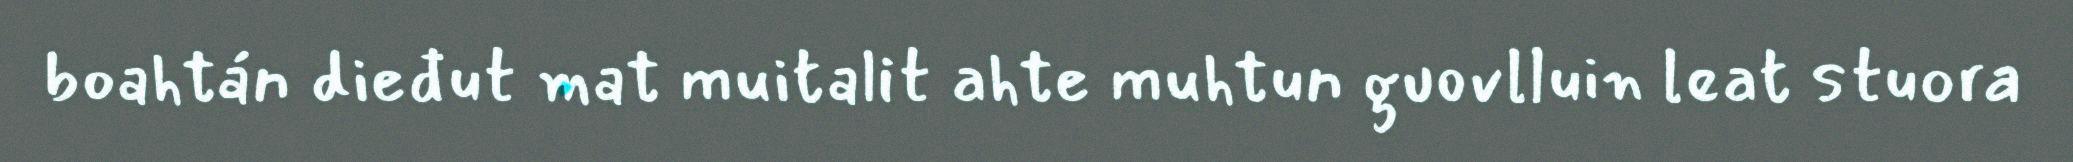
boahtán dieđut mat muitalit ahte muhtun guovlluin leat stuora